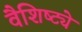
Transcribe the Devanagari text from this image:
वैशिष्ट्येेे